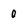
Character: 0